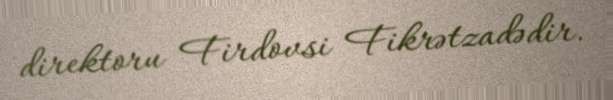
direktoru Firdovsi Fikrətzadədir.